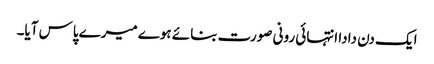
ایک دن دادا انتہائی رونی صورت بنائے ہوے میرے پاس آیا۔